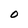
Character: O